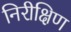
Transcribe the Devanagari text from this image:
निरीक्षिण